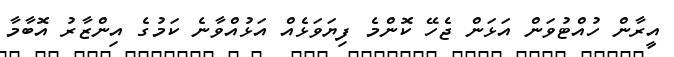
އީރާން ހުއްޓުވަން އަޅަން ޖެހޭ ކޮންމެ ފިޔަވަޅެއް އަޅުއްވާނެ ކަމުގެ އިންޒާރު އޮބާމާ